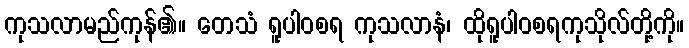
ကုသလာမည်ကုန်၏။ တေသံ ရူပါဝစရ ကုသလာနံ၊ ထိုရူပါဝစရကုသိုလ်တို့ကို။